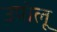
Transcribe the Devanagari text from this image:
उपोलू